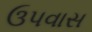
ઉપવાસ